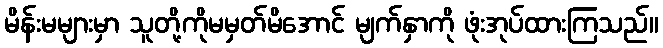
မိန်းမများမှာ သူတို့ကိုမမှတ်မိအောင် မျက်နှာကို ဖုံးအုပ်ထားကြသည်။